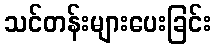
သင်တန်းများပေးခြင်း